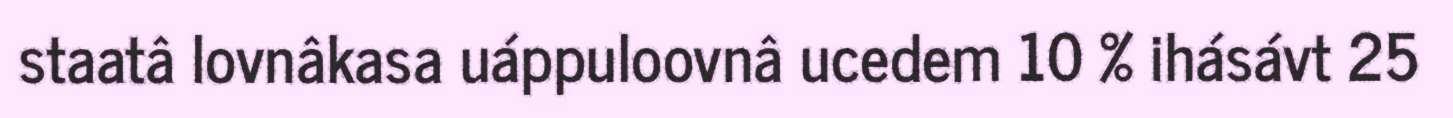
staatâ lovnâkasa uáppuloovnâ ucedem 10 % ihásávt 25